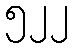
၅၂၂